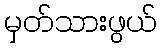
မှတ်သားဖွယ်